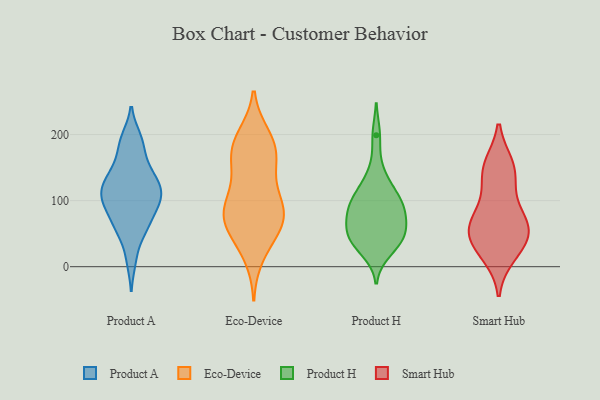
{"axis": {"x": "Revenue (USD Million)", "y": "Value"}, "legend": ["Eco-Device", "Product A", "Product H", "Smart Hub"], "data": [{"x": "", "y": 98, "type": "Product A"}, {"x": "", "y": 84, "type": "Product A"}, {"x": "", "y": 62, "type": "Product A"}, {"x": "", "y": 195, "type": "Product A"}, {"x": "", "y": 192, "type": "Product A"}, {"x": "", "y": 107, "type": "Product A"}, {"x": "", "y": 137, "type": "Product A"}, {"x": "", "y": 102, "type": "Product A"}, {"x": "", "y": 10, "type": "Product A"}, {"x": "", "y": 131, "type": "Product A"}, {"x": "", "y": 127, "type": "Product A"}, {"x": "", "y": 171, "type": "Product A"}, {"x": "", "y": 53, "type": "Product A"}, {"x": "", "y": 111, "type": "Product A"}, {"x": "", "y": 154, "type": "Product A"}, {"x": "", "y": 124, "type": "Product A"}, {"x": "", "y": 58, "type": "Product A"}, {"x": "", "y": 91, "type": "Product A"}, {"x": "", "y": 91, "type": "Eco-Device"}, {"x": "", "y": 54, "type": "Eco-Device"}, {"x": "", "y": 71, "type": "Eco-Device"}, {"x": "", "y": 86, "type": "Eco-Device"}, {"x": "", "y": 136, "type": "Eco-Device"}, {"x": "", "y": 89, "type": "Eco-Device"}, {"x": "", "y": 17, "type": "Eco-Device"}, {"x": "", "y": 73, "type": "Eco-Device"}, {"x": "", "y": 184, "type": "Eco-Device"}, {"x": "", "y": 158, "type": "Eco-Device"}, {"x": "", "y": 160, "type": "Eco-Device"}, {"x": "", "y": 177, "type": "Eco-Device"}, {"x": "", "y": 44, "type": "Eco-Device"}, {"x": "", "y": 105, "type": "Eco-Device"}, {"x": "", "y": 72, "type": "Eco-Device"}, {"x": "", "y": 190, "type": "Eco-Device"}, {"x": "", "y": 197, "type": "Eco-Device"}, {"x": "", "y": 47, "type": "Product H"}, {"x": "", "y": 117, "type": "Product H"}, {"x": "", "y": 95, "type": "Product H"}, {"x": "", "y": 94, "type": "Product H"}, {"x": "", "y": 199, "type": "Product H"}, {"x": "", "y": 64, "type": "Product H"}, {"x": "", "y": 66, "type": "Product H"}, {"x": "", "y": 34, "type": "Product H"}, {"x": "", "y": 145, "type": "Product H"}, {"x": "", "y": 117, "type": "Product H"}, {"x": "", "y": 23, "type": "Product H"}, {"x": "", "y": 95, "type": "Product H"}, {"x": "", "y": 80, "type": "Product H"}, {"x": "", "y": 40, "type": "Product H"}, {"x": "", "y": 43, "type": "Product H"}, {"x": "", "y": 49, "type": "Product H"}, {"x": "", "y": 84, "type": "Product H"}, {"x": "", "y": 146, "type": "Smart Hub"}, {"x": "", "y": 26, "type": "Smart Hub"}, {"x": "", "y": 148, "type": "Smart Hub"}, {"x": "", "y": 44, "type": "Smart Hub"}, {"x": "", "y": 44, "type": "Smart Hub"}, {"x": "", "y": 69, "type": "Smart Hub"}, {"x": "", "y": 61, "type": "Smart Hub"}, {"x": "", "y": 18, "type": "Smart Hub"}, {"x": "", "y": 60, "type": "Smart Hub"}, {"x": "", "y": 113, "type": "Smart Hub"}, {"x": "", "y": 74, "type": "Smart Hub"}, {"x": "", "y": 153, "type": "Smart Hub"}]}